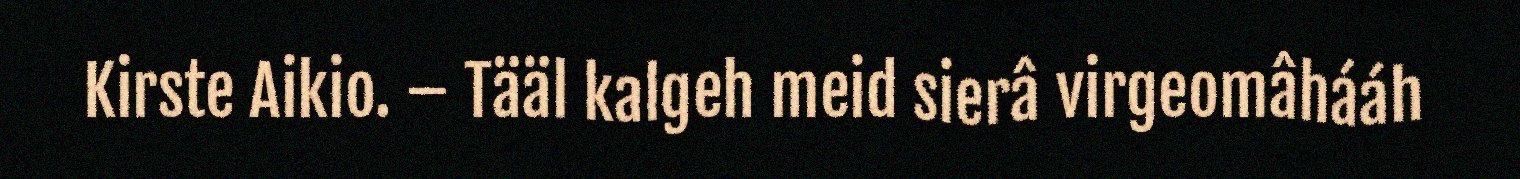
Kirste Aikio. – Tääl kalgeh meid sierâ virgeomâhááh